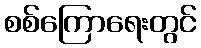
စစ်ကြောရေးတွင်